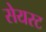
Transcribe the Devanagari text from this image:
सेयरट